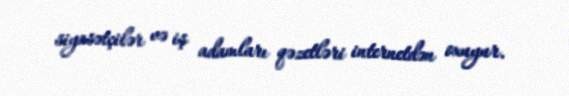
siyasətçilər və iş adamları qəzetləri internetdən oxuyur.